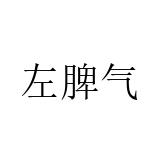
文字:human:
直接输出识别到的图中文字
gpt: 左脾气